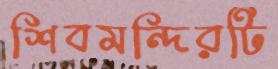
শিবমন্দিরটি